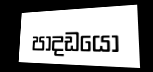
පාදඩයෝ